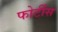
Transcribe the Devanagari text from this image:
फोर्टीस